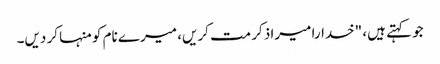
جو کہتے ہیں، "خدارا میرا ذکر مت کریں، میرے نام کو منہا کر دیں۔